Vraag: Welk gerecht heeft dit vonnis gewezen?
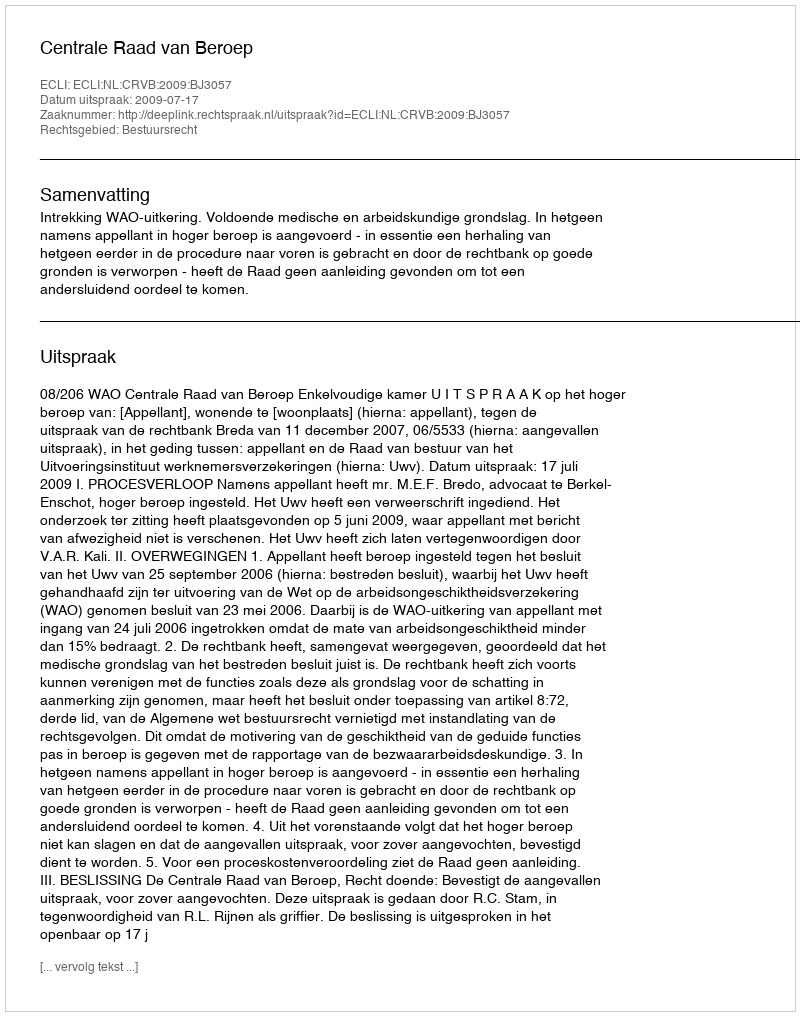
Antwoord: Centrale Raad van Beroep